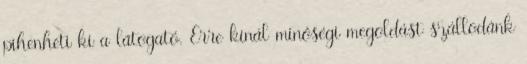
pihenheti ki a látogató. Erre kínál minőségi megoldást szállodánk